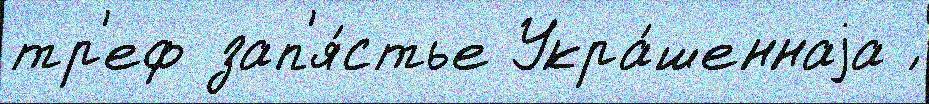
тр'еф зап'я́стье Укра́шеннаjа ́